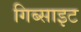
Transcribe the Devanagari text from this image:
गिब्साइट